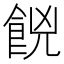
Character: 𮨼